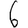
Digit: 6